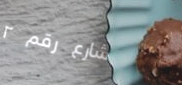
شارع رقم ٢